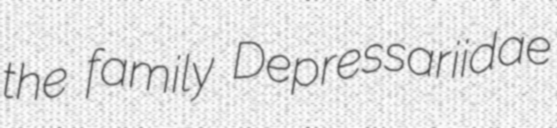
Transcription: the family Depressariidae